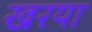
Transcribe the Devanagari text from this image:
खरया